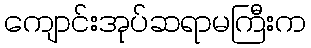
ကျောင်းအုပ်ဆရာမကြီးက